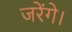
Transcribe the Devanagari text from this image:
जरेंगे।